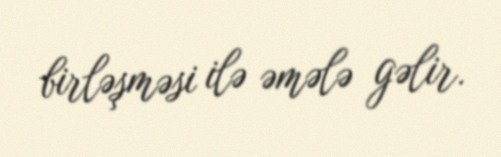
birləşməsi ilə əmələ gəlir.